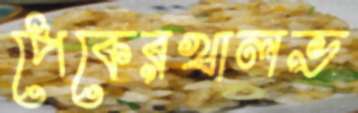
পেকেরখালভ